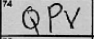
Transcription: QPV